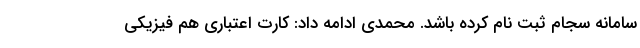
سامانه سجام ثبت نام کرده باشد. محمدی ادامه داد: کارت اعتباری هم فیزیکی